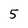
Character: 5